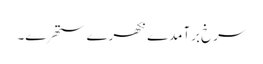
سرخ برآمدے نکھرے ستھرے۔